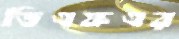
ডিএফএর